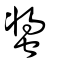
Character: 螿